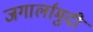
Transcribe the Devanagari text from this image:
जगार्लामुदी